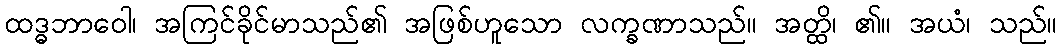
ထဒ္ဓဘာဝေါ၊ အကြင်ခိုင်မာသည်၏ အဖြစ်ဟူသော လက္ခဏာသည်။ အတ္ထိ၊ ၏။ အယံ၊ သည်။